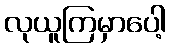
လုယူကြမှာပေါ့